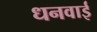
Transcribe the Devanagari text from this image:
धनवाई